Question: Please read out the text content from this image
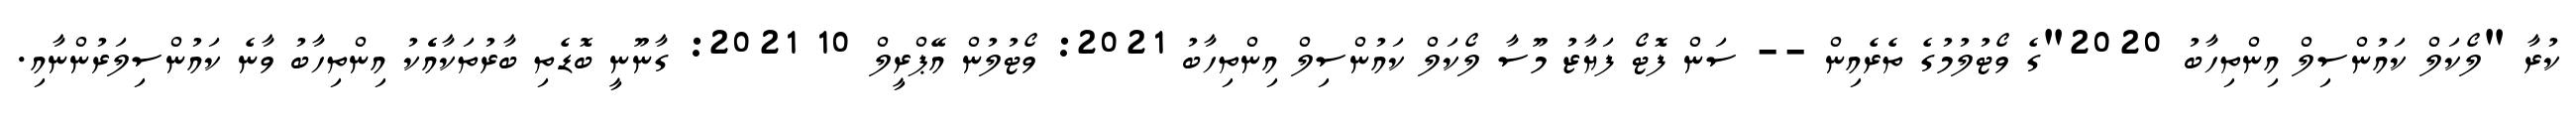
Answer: ކުރާ "ލޯކަލް ކައުންސިލް އިންތިހާބު 2020"ގެ ވޯޓުލުމުގެ ތެރެއިން -- ސަން ފޮޓޯ ފަޔާޒު މޫސާ ލޯކަލް ކައުންސިލް އިންތިހާބު 2021: ވޯޓުލުން އޭޕްރީލް 10 2021: ގާނޫނީ ބޮޑެތި ބާރުތަކާއެެކު އިންތިހާބު ވާނެ ކައުންސިލަރުންނާއި.